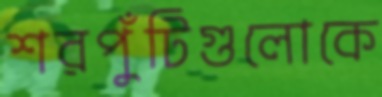
শরপুঁটিগুলোকে